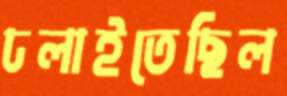
ঢলাইতেছিল